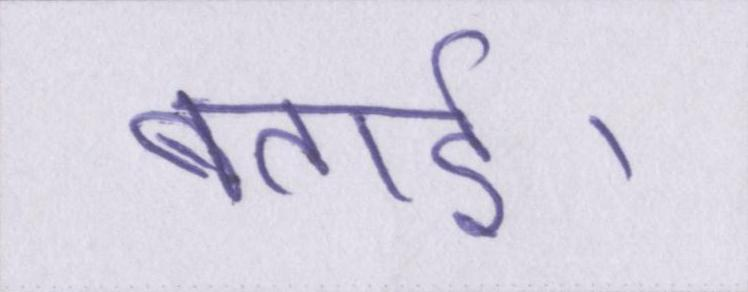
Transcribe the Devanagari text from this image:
बताई।